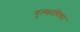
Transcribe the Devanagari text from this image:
गुल्फाग्रिका